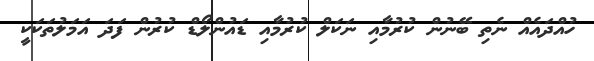
ހުއްދައެއް ނެތި ބޭނުން ކުރުމާއި ނަކަލް ކުރުމާއި ޑައުންލޯޑް ކުރުން ފަދަ އަމަލުތަކަކީ